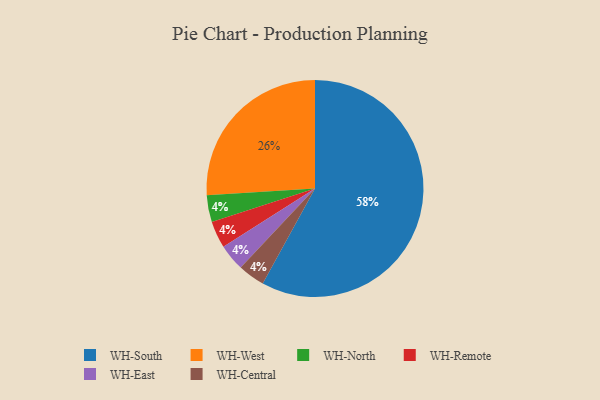
{"axis": {"x": "Category", "y": "Percentage"}, "legend": ["WH-Central", "WH-East", "WH-North", "WH-Remote", "WH-South", "WH-West"], "data": [{"x": "WH-West", "y": 26, "type": "WH-West"}, {"x": "WH-North", "y": 4, "type": "WH-North"}, {"x": "WH-Remote", "y": 4, "type": "WH-Remote"}, {"x": "WH-South", "y": 58, "type": "WH-South"}, {"x": "WH-East", "y": 4, "type": "WH-East"}, {"x": "WH-Central", "y": 4, "type": "WH-Central"}]}